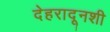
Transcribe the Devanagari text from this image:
देहरादूनशी